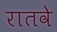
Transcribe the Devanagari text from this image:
रातवे